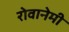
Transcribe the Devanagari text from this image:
रोवानेमी